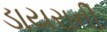
ડાયરાની